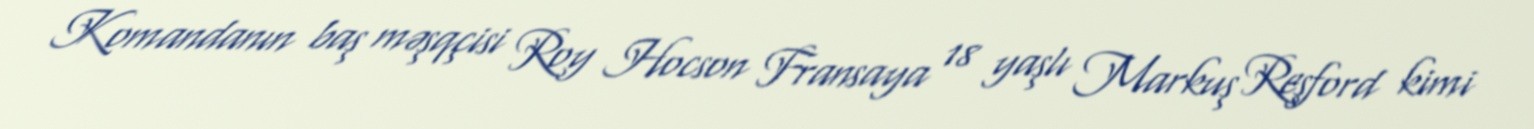
Komandanın baş məşqçisi Roy Hocson Fransaya 18 yaşlı Markuş Reşford kimi